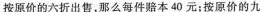
按原价的六折出售，那么每件赔本40元；按原价的九